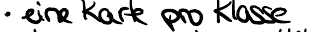
eine Karte pro Klasse